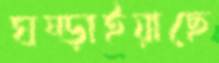
ঘষ্‌ড়াইয়াছে